Civil Veterinary Department. Central Provinces & Berar 1932-41 - 1932-1941
Year: 1932
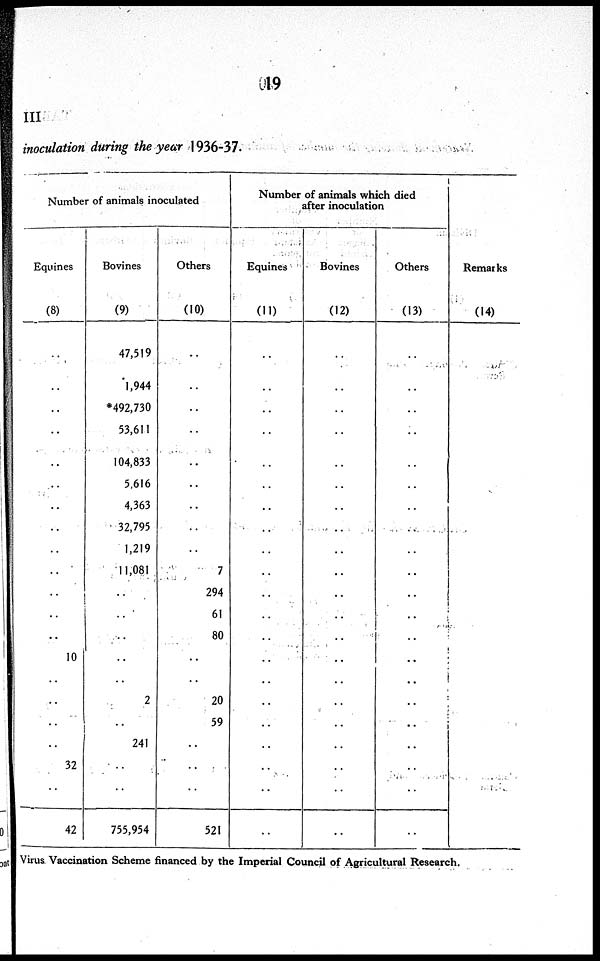
19
III
inoculation during the year 1936-37.
Number of animals inoculated
Equines
(8)
..
..
..
..
..
..
..
..
..
..
..
..
..
10
..
..
..
32
42
Bovines
(9)
47,519
1,944
492,730
53,611
104,833
5,616
4,363
32,795
1,219
11,081
..
..
..
..
2
..
241
..
755,954
Others
(10)
..
..
..
..
..
..
..
..
..
7
294
61
80
..
20
59
..
..
521
Number of animals which died
after inoculation
Equines
(11)
..
..
..
..
..
..
..
..
..
..
..
..
..
..
..
..
..
..
..
Bovines
(12)
..
..
..
..
..
..
..
..
..
..
..
..
..
..
..
..
..
..
..
Others
(13)
..
..
..
..
..
..
..
..
..
..
..
..
..
..
..
..
..
..
..
Remarks
(14)
Virus Vaccination Scheme financed by the Imperial Council of Agricultural Research.